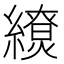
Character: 𦆖